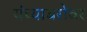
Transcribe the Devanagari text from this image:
यंच्याबरोबर